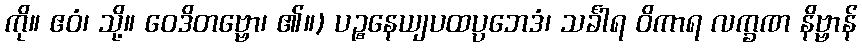
ကို။ ဧဝံ၊ သို့။ ဝေဒိတဗ္ဗော၊ ၏။) ပဉ္စနေယျပထပ္ပဘေဒံ၊ သင်္ခါရ ဝိကာရ လက္ခဏ နိဗ္ဗာန်